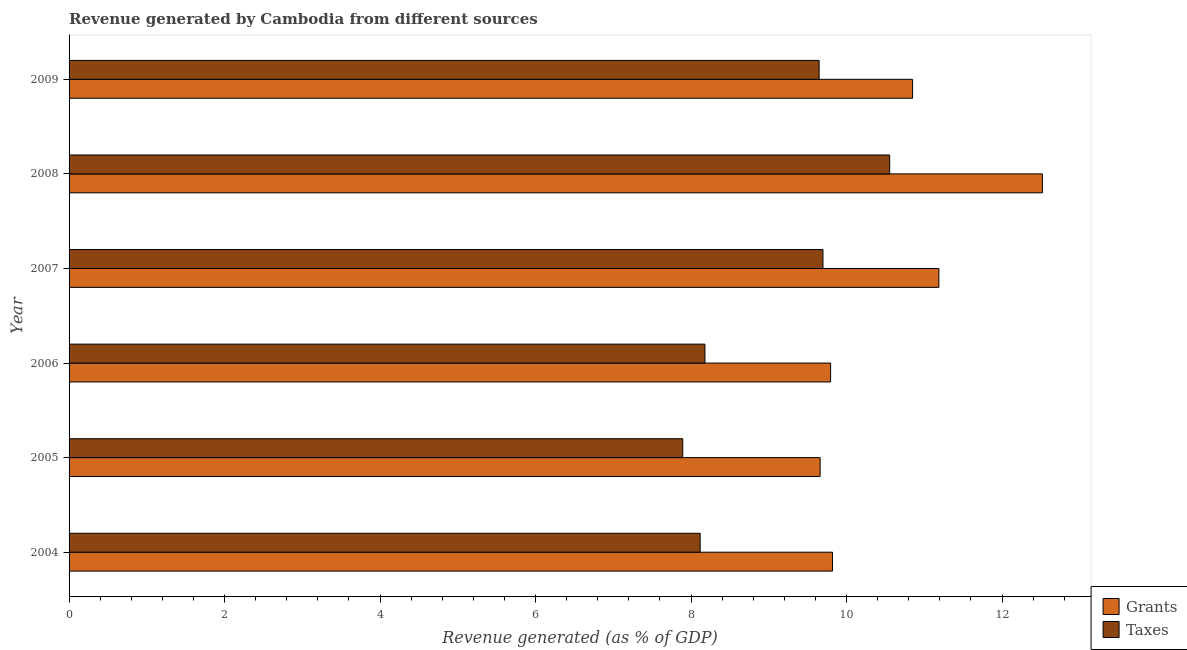
| Year | Grants | Taxes |
 | --- | --- | --- |
 | 2004 | 9.82 | 8.12 |
 | 2005 | 9.66 | 7.89 |
 | 2006 | 9.8 | 8.18 |
 | 2007 | 11.2 | 9.7 |
 | 2008 | 12.5 | 10.6 |
 | 2009 | 10.8 | 9.65 |